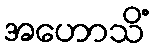
အဟောသိံ